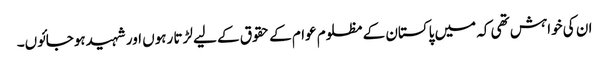
ان کی خواہش تھی کہ میں پاکستان کے مظلوم عوام کے حقوق کے لیے لڑتا رہوں اور شہیدہوجائوں۔